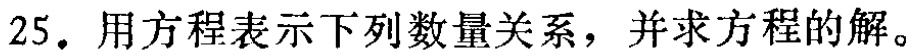
25. 用方程表示下列数量关系，并求方程的解。